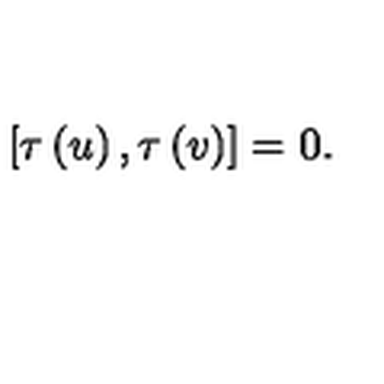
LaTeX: [ \tau \left( u \right) , \tau \left( v \right) ] = 0 .